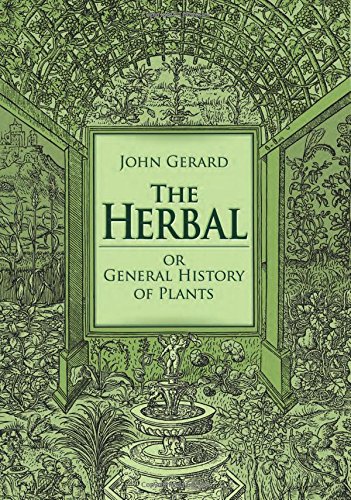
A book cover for The Herbal or General History of Plants: The Complete 1633 Edition as Revised and Enlarged by Thomas Johnson (Calla Editions); John Gerard; Crafts, Hobbies & Home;